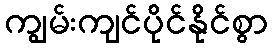
ကျွမ်းကျင်ပိုင်နိုင်စွာ